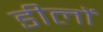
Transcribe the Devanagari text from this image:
डीलों